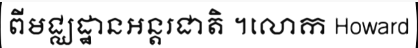
ពីមជ្ឈដ្ឋានអន្តរជាតិ ។លោក Howard